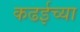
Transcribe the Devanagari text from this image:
कढईच्या